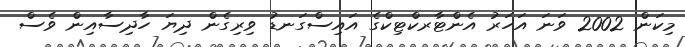
މިކަން 2002 ވަނަ އަހަރު އެންޓާރކްޓިކްގެ އައިސްގަނޑު ވިރިގެން ދިޔަ ހާދިސާއިން ވެސް